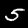
Digit: 5